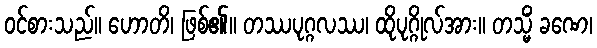
ဝင်စားသည်။ ဟောတိ၊ ဖြစ်၏။ တဿပုဂ္ဂလဿ၊ ထိုပုဂ္ဂိုလ်အား။ တသ္မိံ ခဏေ၊